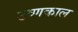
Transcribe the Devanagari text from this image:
उष्णकाल